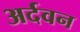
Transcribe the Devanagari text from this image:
अर्दवन